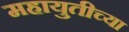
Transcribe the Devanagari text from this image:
महायुतीच्या